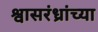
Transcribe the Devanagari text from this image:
श्वासरंध्रांच्या